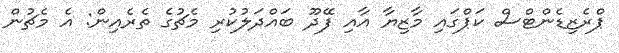
ޕްރެޒިޑެންޓްސް ކަޕްގައި މާޒިޔާ އާއި ފޭދޫ ބައްދަލުކުރި މެޗުގެ ތެރެއިން: އެ މެޗުން